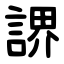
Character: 䛺